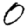
Digit: 0